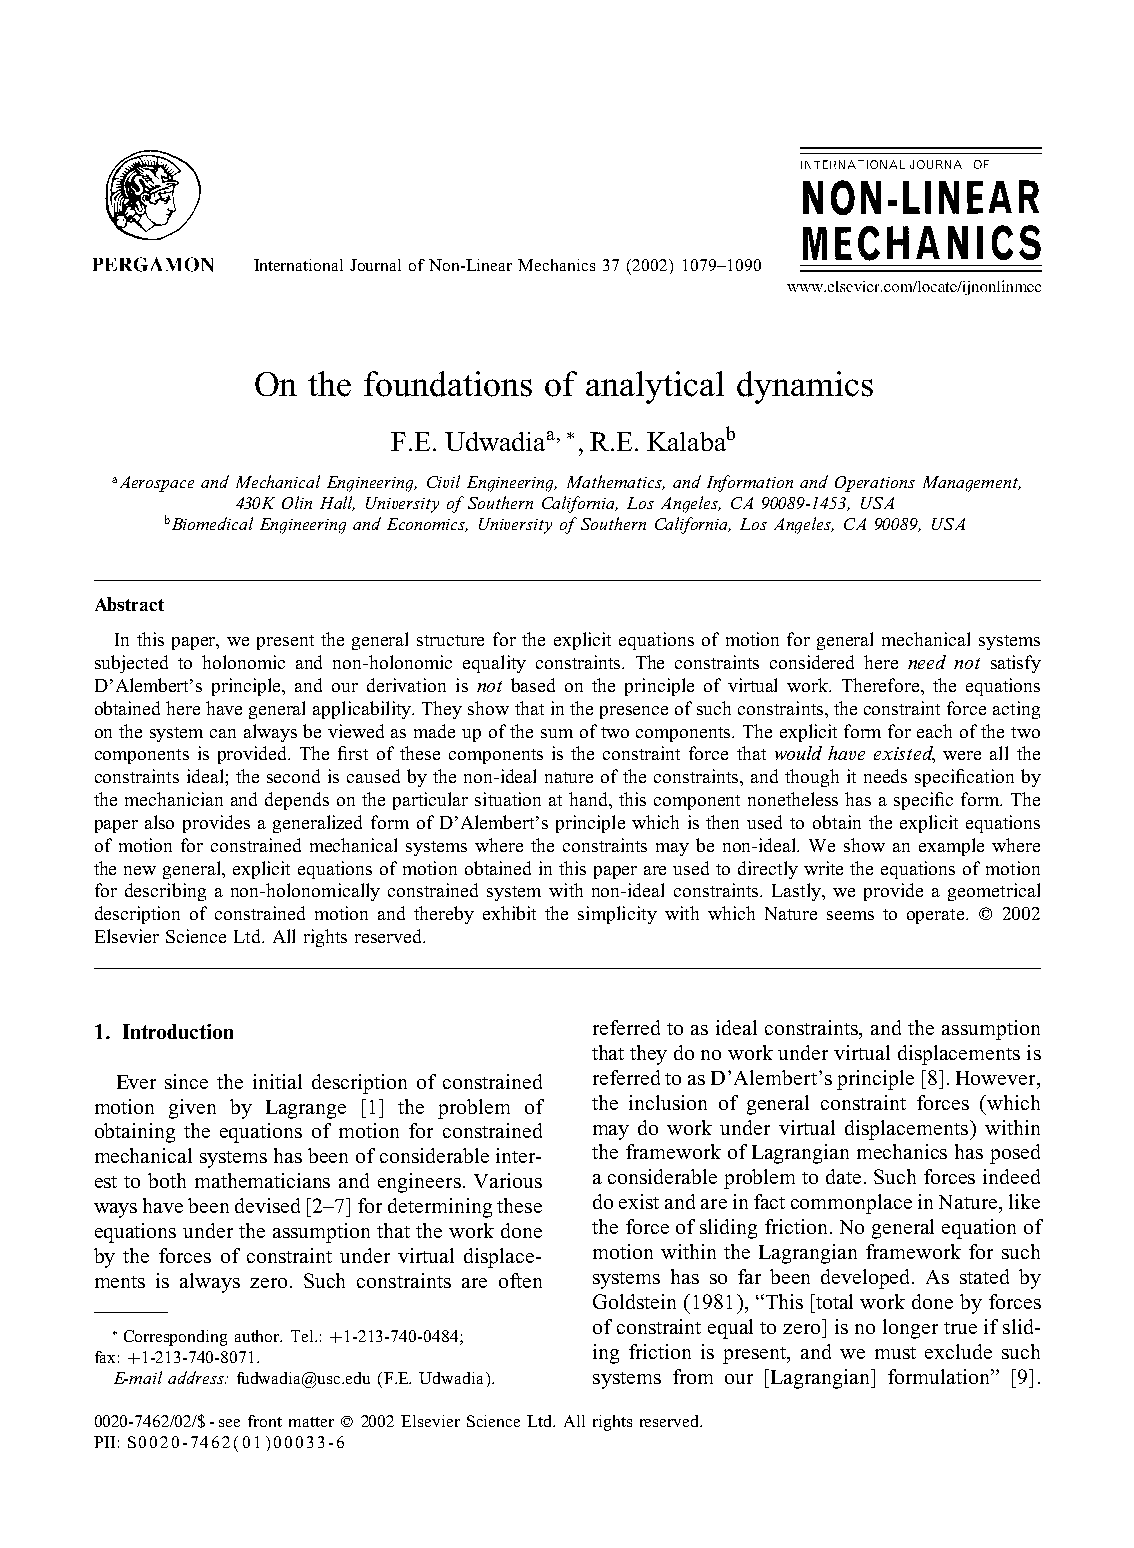
International Journal of Non-Linear Mechanics 37 (2002) 1079–1090
 On the foundations of analytical dynamics
 F.E. Udwadiaa;∗, R.E. Kalabab
 aAerospace and Mechanical Engineering, Civil Engineering, Mathematics, and Information and Operations Management,
 430K Olin Hall, University of Southern California, Los Angeles, CA 90089-1453, USA
 bBiomedical Engineering and Economics, University of Southern California, Los Angeles, CA 90089, USA
 Abstract
 In this paper, we present the general structure for the explicit equations of motion for general mechanical systems
 subjected to holonomic and non-holonomic equality constraints. The constraints considered here need not satisfy
 D’Alembert’s principle, and our derivation is not based on the principle of virtual work. Therefore, the equations
 obtainedherehavegeneralapplicability.Theyshowthatinthepresenceofsuchconstraints,theconstraintforceacting
 onthesystemcanalwaysbeviewedasmadeupofthesumoftwocomponents.Theexplicitformforeachofthetwo
 components is provided. The 5rst of these components is the constraint force that would have existed, were all the
 constraints ideal; the second is caused by the non-ideal nature of the constraints, and though it needs speci5cation by
 the mechanician and depends on the particular situation at hand, this component nonetheless has a speci5c form. The
 paper also provides a generalized form of D’Alembert’s principle which is then used to obtain the explicit equations
 of motion for constrained mechanical systems where the constraints may be non-ideal. We show an example where
 thenewgeneral,explicitequationsofmotionobtainedinthispaperareusedtodirectlywritetheequationsofmotion
 for describing a non-holonomically constrained system with non-ideal constraints. Lastly, we provide a geometrical
 description of constrained motion and thereby exhibit the simplicity with which Nature seems to operate. ? 2002
 Elsevier Science Ltd. All rights reserved.
 1. Introduction                  referred to as ideal constraints, and the assumption
 thattheydonoworkundervirtualdisplacementsis
 Ever since the initial description of constrained referredtoasD’Alembert’sprinciple[8].However,
 motion given by Lagrange [1] the problem of the inclusion of general constraint forces (which
 obtaining the equations of motion for constrained may do work under virtual displacements) within
 mechanicalsystemshasbeenofconsiderableinter- theframeworkofLagrangianmechanicshasposed
 est to both mathematicians and engineers. Various aconsiderableproblemtodate.Suchforcesindeed
 wayshavebeendevised[2–7]fordeterminingthese doexistandareinfactcommonplaceinNature,like
 equationsundertheassumptionthattheworkdone theforceofslidingfriction.Nogeneralequationof
 by the forces of constraint under virtual displace- motion within the Lagrangian framework for such
 ments is always zero. Such constraints are often systems has so far been developed. As stated by
 Goldstein(1981),“This[totalworkdonebyforces
 ofconstraintequaltozero]isnolongertrueifslid-
 ∗Corresponding author. Tel.: +1-213-740-0484;
 ing friction is present, and we must exclude such
 fax: +1-213-740-8071.
 E-mail address: fudwadia@usc.edu (F.E. Udwadia). systems from our [Lagrangian] formulation” [9].
 0020-7462/02/$-see front matter ? 2002 Elsevier Science Ltd. All rights reserved.
 PII: S0020-7462(01)00033-6